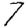
Digit: 7